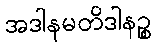
အဒါနမတိဒါနဉ္စ